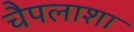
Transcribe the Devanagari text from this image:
चैपलाशा